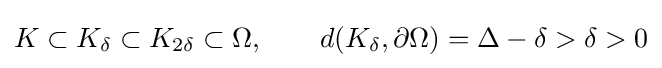
K\subset K_{\delta }\subset K_{2\delta }\subset \Omega ,\qquad d(K_{\delta },\partial \Omega )=\Delta -\delta >\delta >0